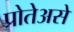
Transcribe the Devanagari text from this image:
प्रोतेअसे